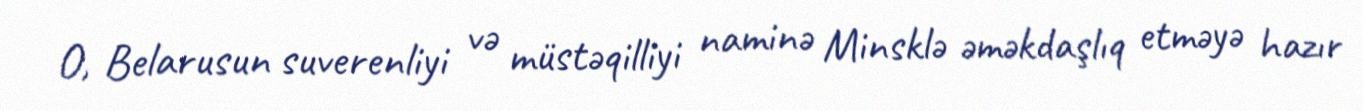
O, Belarusun suverenliyi və müstəqilliyi naminə Minsklə əməkdaşlıq etməyə hazır